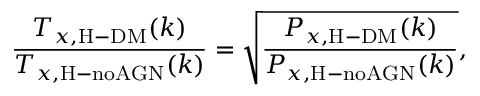
\frac { T _ { x , \mathrm { H - D M } } ( k ) } { T _ { x , \mathrm { H - n o A G N } } ( k ) } = \sqrt { \frac { P _ { x , \mathrm { H - D M } } ( k ) } { P _ { x , \mathrm { H - n o A G N } } ( k ) } } ,